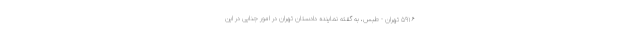
۵۹۱۶ تهران - طبس، به گفته نماینده دادستان تهران در امور جنایی در این